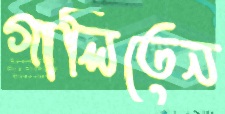
গালিতেন